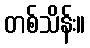
တစ်သိန်း။